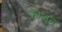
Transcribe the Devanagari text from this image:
फ्रोज़ेन